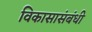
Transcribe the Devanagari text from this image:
विकासासंबंधी